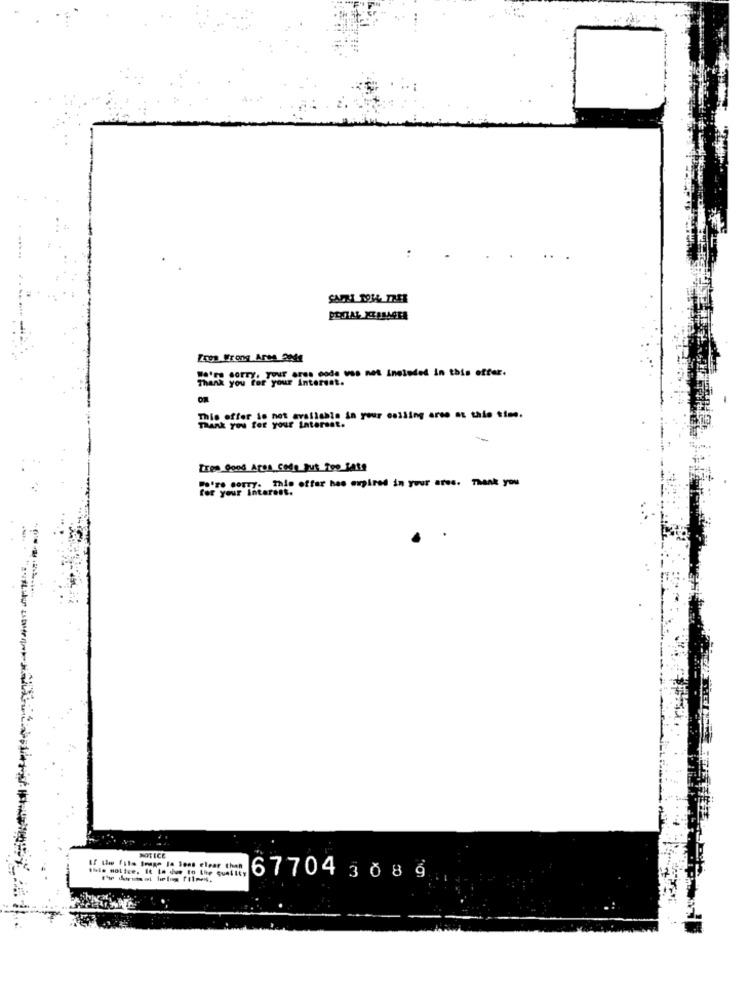
Zogs Wrong Area_2044
We're sorry. your eres code was not ineinded in this offer.
Thank you for your Interest.
This offer is not available in your calling arse at tale time.
Thank you for your Interest.
Eres good Area code gut Too late
Po're corry. This offer has expired in your ares. Thank you
for your Interest.
NOTICE
this notice. It In due to the quality
If the fils frage la less elear than
67704 3 08 9